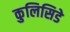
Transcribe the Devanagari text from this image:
कुलिसिडे